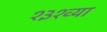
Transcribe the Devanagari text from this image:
१३१व्या